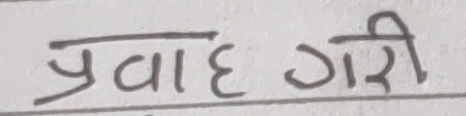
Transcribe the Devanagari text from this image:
प्रवाह गरी